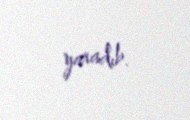
yaradıb.